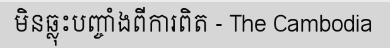
មិនឆ្លុះបញ្ចាំងពីការពិត - The Cambodia